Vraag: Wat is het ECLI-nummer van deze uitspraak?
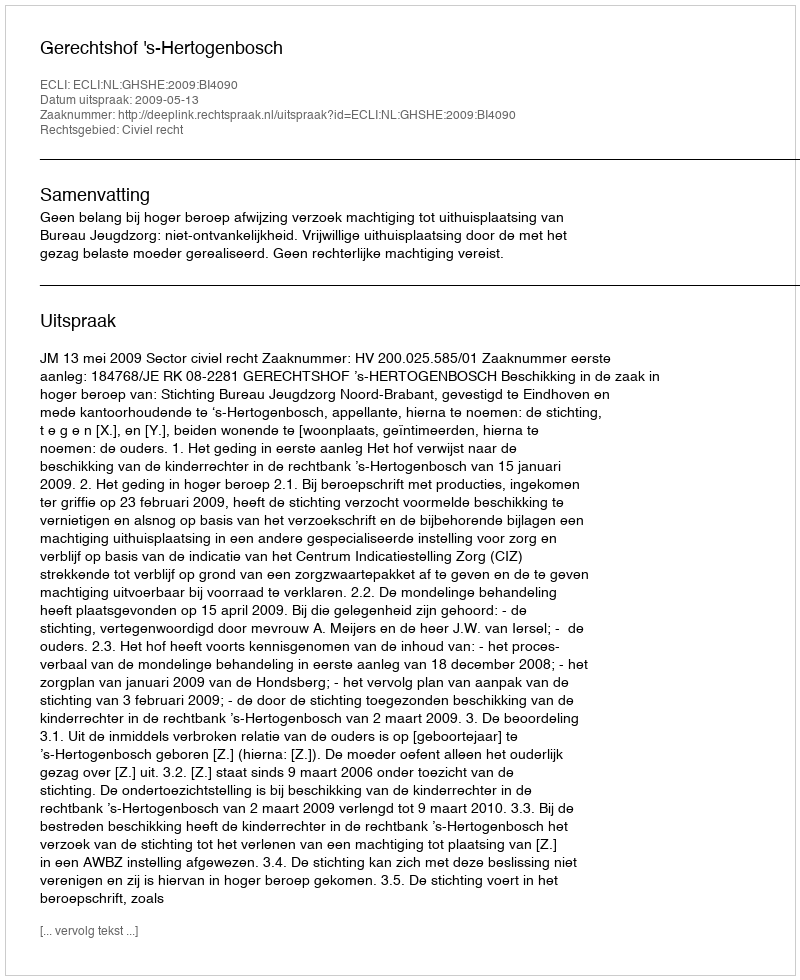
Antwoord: ECLI:NL:GHSHE:2009:BI4090